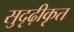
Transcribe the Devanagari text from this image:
सुदृढ़ीकृत